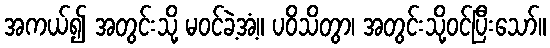
အကယ်၍ အတွင်းသို့ မဝင်ခဲ့အံ့။ ပဝိသိတွာ၊ အတွင်းသို့ဝင်ပြီးသော်။